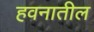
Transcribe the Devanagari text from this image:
हवनातील